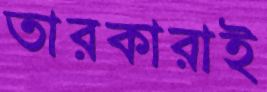
তারকারাই